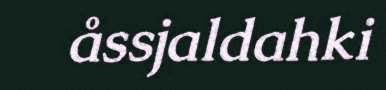
åssjaldahki